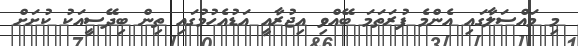
މި މައްސަލާގައި އެންމެ ފުރަތަމަ ބޭއްވި އިޖުރާއީ އަޑުއެހުމުގައި ތިން ބިދޭސީއަކު ކުށަށް